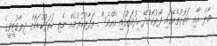
މާލެ އާއި އަތޮޅުތެރޭގައި ފޯރުކޮށްދޭ ހިދުމަތުގައި އެއްވެސް ތަފާތުކުރުމެއް ނެތި ހަރަދުކުޑަކޮށް ދިރާގުޓީވީގެ